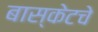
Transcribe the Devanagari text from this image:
बास्केटचे